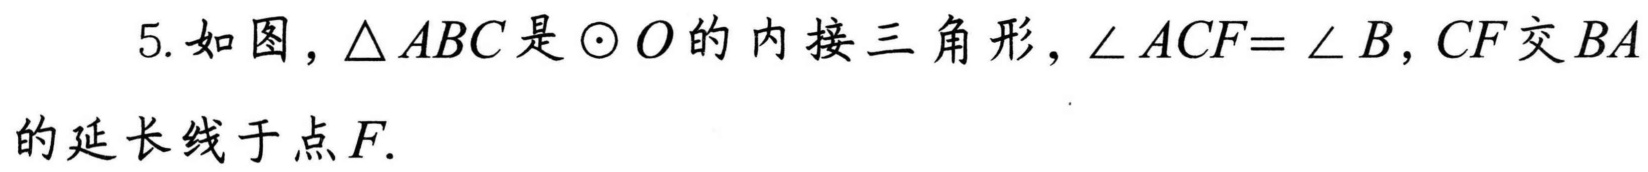
5. 如图，\(\triangle ABC\)是\(\odot O\)的内接三角形，\(\angle ACF = \angle B\)，\(CF\)交\(BA\)的延长线于点\(F\).